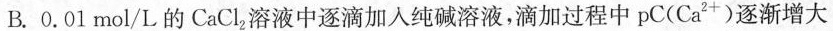
B.0.01mol/L的CaCl_{2}溶液中逐滴加入纯碱溶液，滴加过程中pC(Ca^{2+})逐渐增大